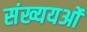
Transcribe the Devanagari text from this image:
संख्ययओं